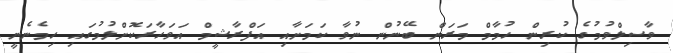
ވާސިލްވުމުގެ ކުރިން ހުމާމް މަރަން ބޭނުން ނުވާ ކަމަށާއި އަފްރާޝީމް އަވަހާރަކޮށްލުމުގައި ހިމެނެނީ